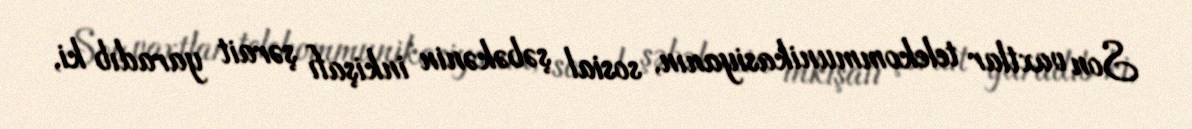
Son vaxtlar telekommunikasiyanın, sosial şəbəkənin inkişafı şərait yaradıb ki,